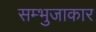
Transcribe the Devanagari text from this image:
सम्भुजाकार